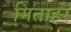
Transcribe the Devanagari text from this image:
मिताहर